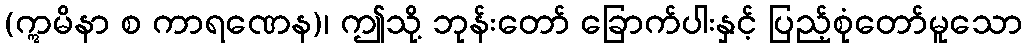
(ဣမိနာ စ ကာရဏေန)၊ ဤသို့ ဘုန်းတော် ခြောက်ပါးနှင့် ပြည့်စုံတော်မူသော